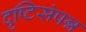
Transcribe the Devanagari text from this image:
दृष्टिसंपन्न